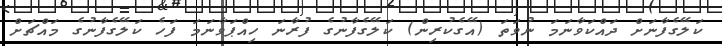
ކަލޭގެފާނަށް ދައްކަވާނަމަ ނުވަތަ (އޭގެކުރިން) ކަލޭގެފާނުގެ ފުރާނަ ހިއްޕަވާނަމަ ފަހެ ކަލޭގެފާނުގެ މައްޗަށް